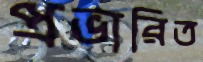
প্রভারিত